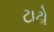
ટાઢો